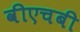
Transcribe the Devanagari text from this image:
वीएचबी